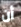
أن